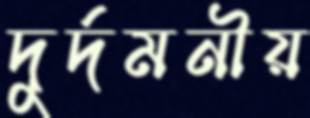
দুর্দমনীয়